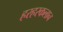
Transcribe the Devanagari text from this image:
हरहरकलान